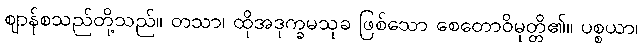
ဈာန်စသည်တို့သည်။ တသာ၊ ထိုအဒုက္ခမသုခ ဖြစ်သော စေတောဝိမုတ္တိ၏။ ပစ္စယာ၊